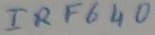
Text: IRF640